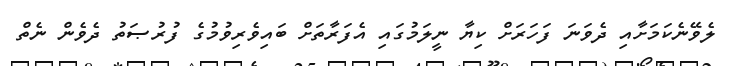
ލެވޭނެކަމަށާއި ދެވަނަ ފަހަރަށް ކިޔާ ނީލަމުގައި އެފަރާތަށް ބައިވެރިވުމުގެ ފުރުޞަތު ދެވެން ނެތް